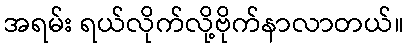
အရမ်း ရယ်လိုက်လို့ဗိုက်နာလာတယ်။